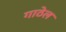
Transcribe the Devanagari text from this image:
गाठेल